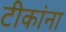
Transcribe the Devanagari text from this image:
टीकांना